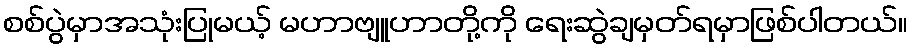
စစ်ပွဲမှာအသုံးပြုမယ့် မဟာဗျူဟာတို့ကို ရေးဆွဲချမှတ်ရမှာဖြစ်ပါတယ်။